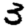
Digit: 3